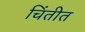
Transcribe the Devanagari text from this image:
चिंतीत